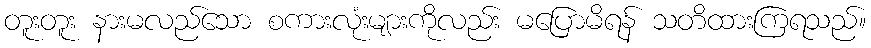
တူးတူး နားမလည်သော စကားလုံးများကိုလည်း မပြောမိရန် သတိထားကြရသည်။